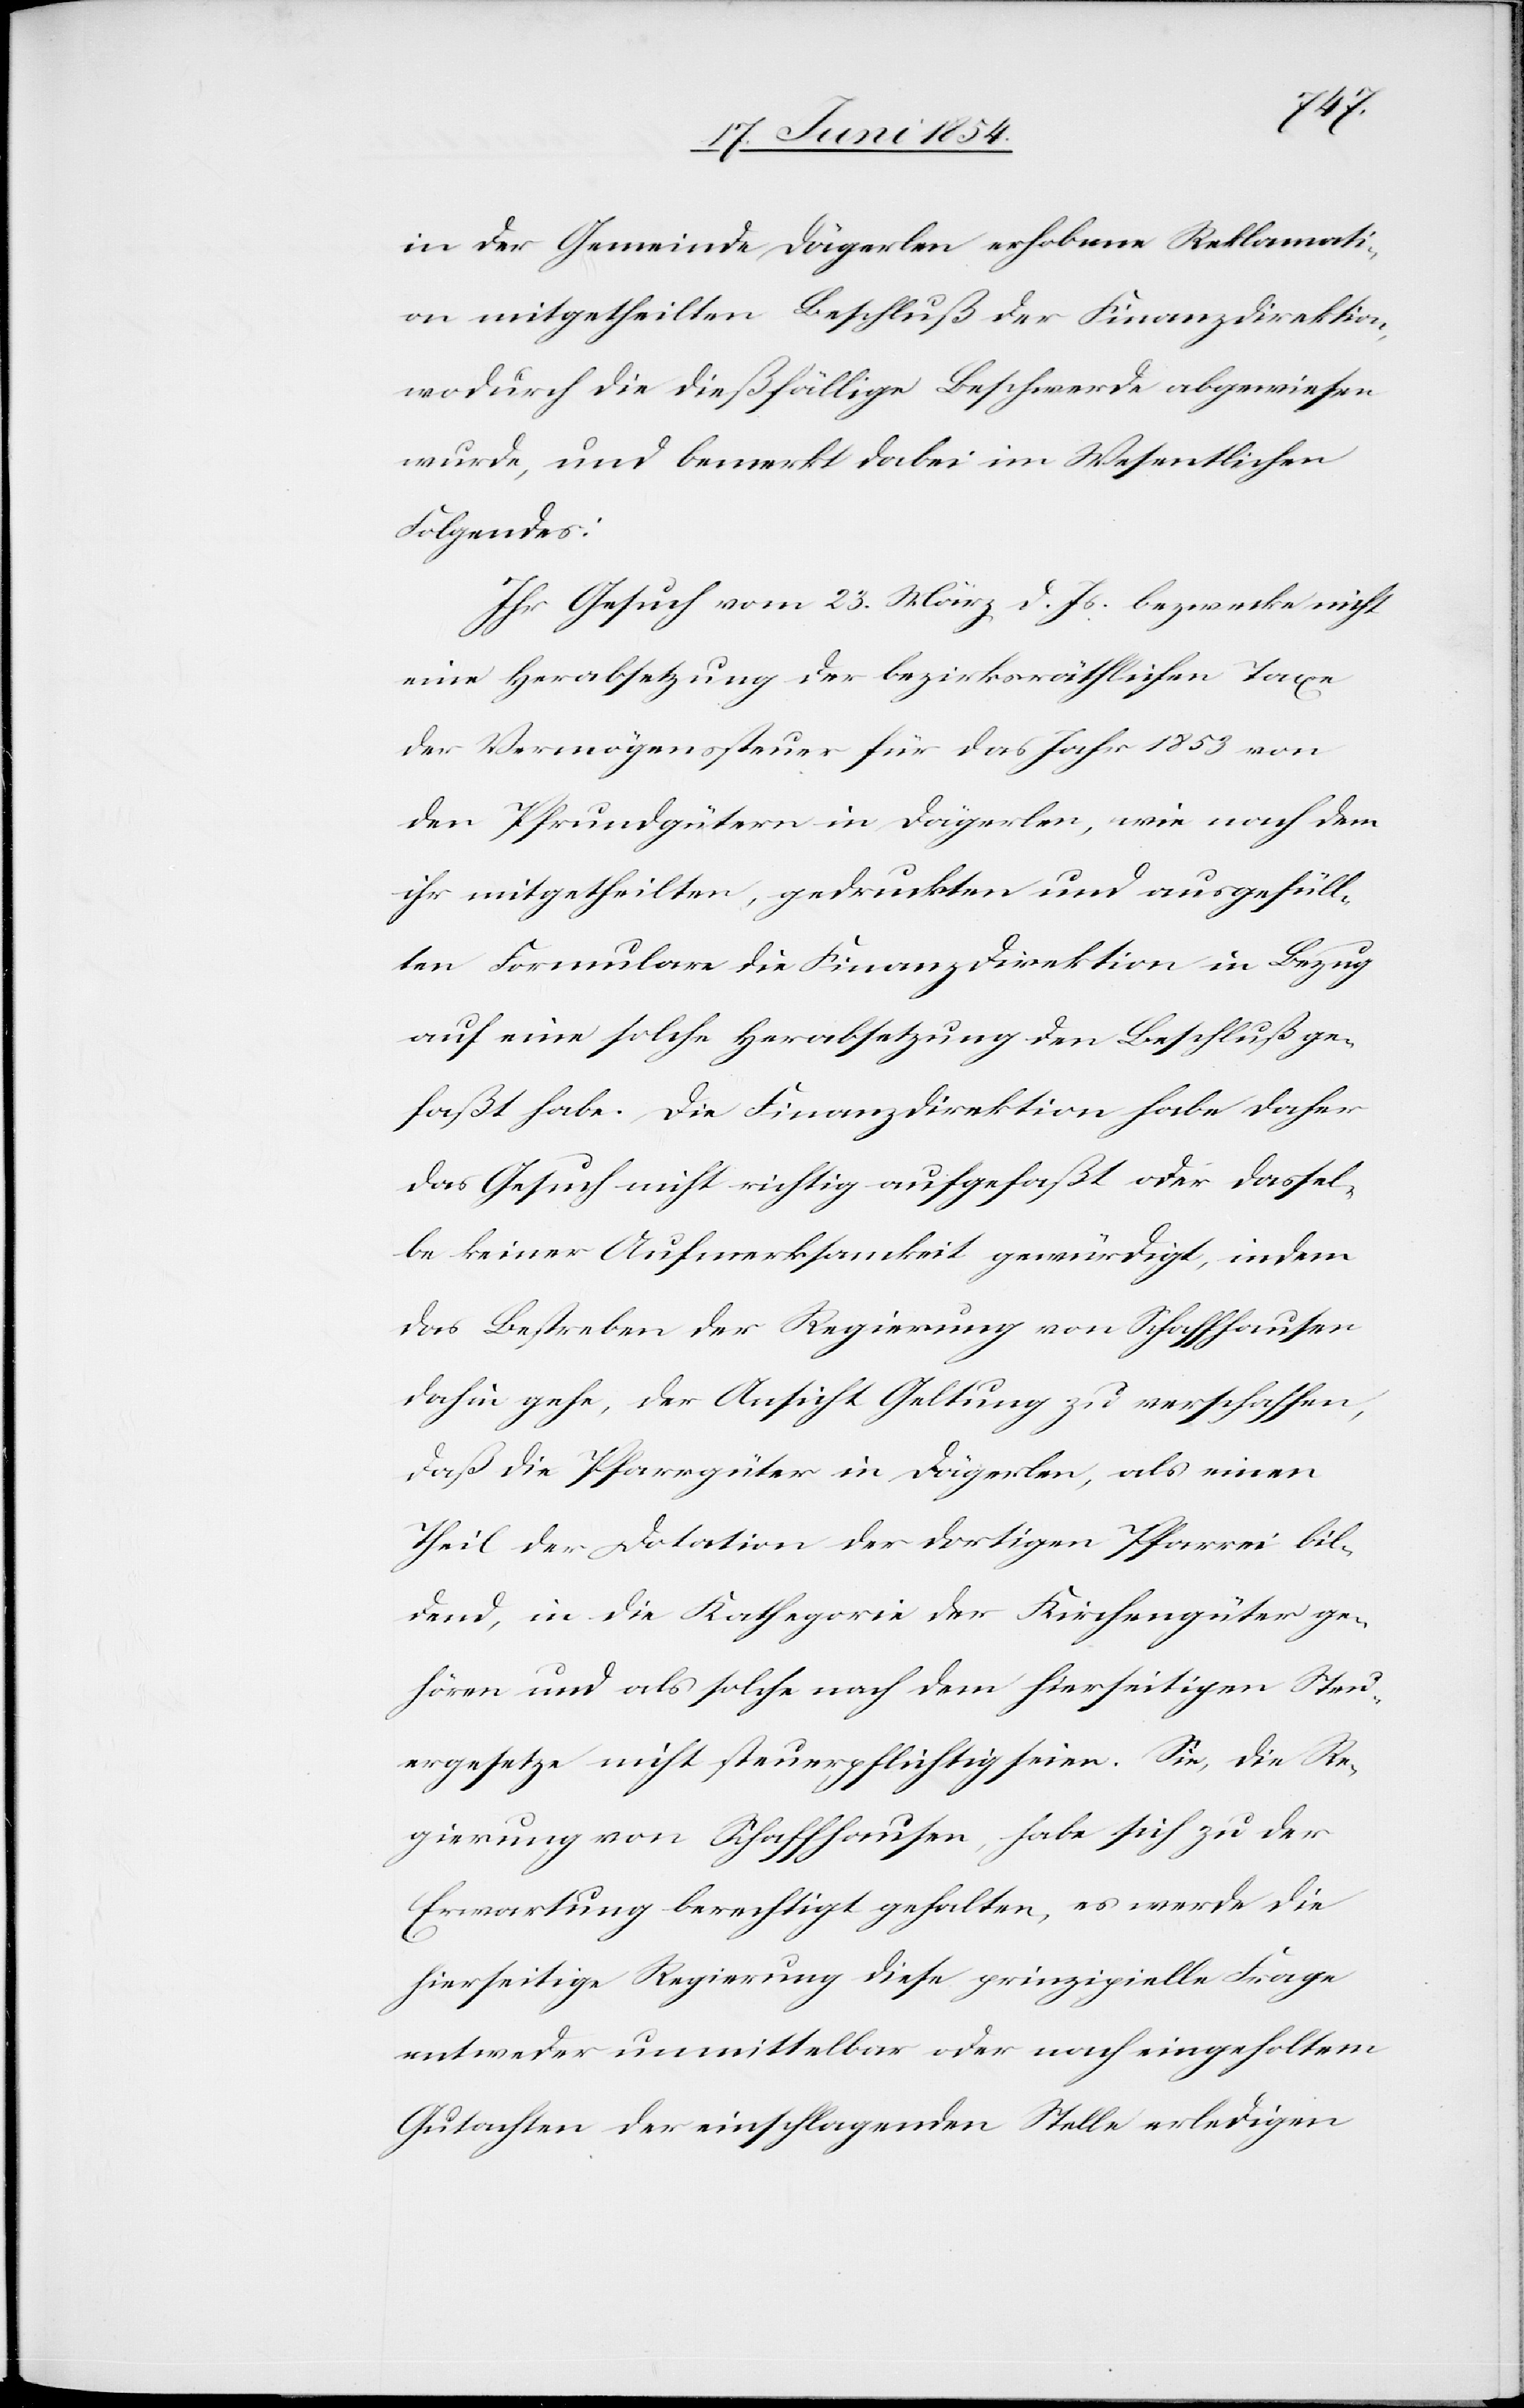
in der Gemeinde Dägerlen erhobene Reklamati¬
on mitgetheilten Beschluß der Finanzdirektion,
wodurch die dießfällige Beschwerde abgewiesen
wurde, und bemerkt dabei im Wesentlichen
Folgendes:
Ihr Gesuch vom 23. März d. Js. bezwecke nicht
eine Herabsetzung der bezirksräthlichen Taxe
der Vermögenssteuer für das Jahr 1853 von
den Pfrundgütern in Dägerlen, wie nach dem
ihr mitgetheilten, gedruckten und ausgefüll¬
ten Formulare die Finanzdirektion in Bezug
auf eine solche Herabsetzung den Beschluß ge¬
faßt habe. Die Finanzdirektion habe daher
das Gesuch nicht richtig aufgefaßt oder dassel¬
be keiner Aufmerksamkeit gewürdigt, indem
da Bestreben der Regierung von Schaffhausen
dahin gehe, der Ansicht Geltung zu verschaffen,
das die Pfarrgüter in Dägerlen, als einen
Theil der Dotation der dortigen Pfarrei bil¬
dend, in die Kathegorie der Kirchengüter ge¬
hören und als solche nach dem hierseitigen Steu¬
ergesetze nicht steuerpflichtig seien. Sie, die Re¬
gierung von Schaffhausen, habe sich zu der
Erwartung berechtigt gehalten, es werde die
hierseitige Regierung diese prinzipielle Frage
entweder unmittelbar oder nach eingeholtem
Gutachten der einschlagenden Stelle erledigen